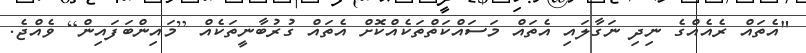
"އެތައް ރެއެއްގެ ނިދި ނަގާލައި އެތައް މަސައްކަތްތަކެއްކޮށް އެތައް ގުރުބާނީތަކެއް [މައިންބަފައިން] ވެއްޖެ.